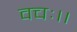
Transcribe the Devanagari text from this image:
वचः।।